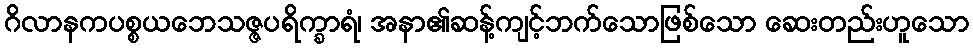
ဂိလာနကပစ္စယဘေသဇ္ဇပရိက္ခာရံ၊ အနာ၏ဆန့်ကျင့်ဘက်သောဖြစ်သော ဆေးတည်းဟူသော